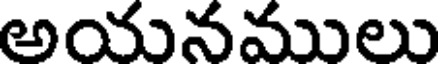
అయనములు